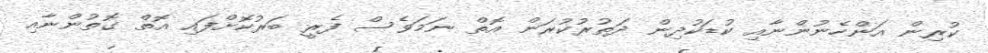
ކުރިން އަންހެނުންނާއި ކުޑަކުދިން ދަތުރުކުރަން އޮތް ނަމަވެސް ފެރީ ބަރުކޮށްފައި އޮތް ގޮތުންނާއި